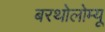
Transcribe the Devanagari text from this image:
बरथोलोम्यू